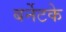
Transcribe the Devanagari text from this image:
बर्नेटके